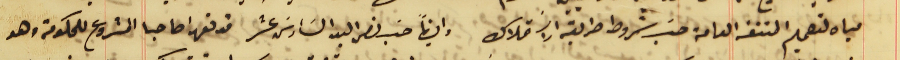
مياه لتعميم المنفعة العامة حسَب شروط طريقه الاسَتملاك وايضًا حسَب نص البند السَادسَ عشر قد تعهدا صاحبا المشروع للحكومة وهو